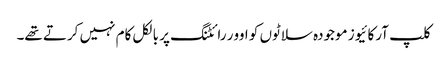
کلپ آرکائیوز موجودہ سلاٹوں کو اوور رائٹنگ پر بالکل کام نہیں کرتے تھے۔